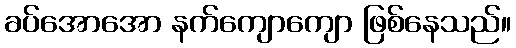
ခပ်အောအော နက်ကျောကျော ဖြစ်နေသည်။